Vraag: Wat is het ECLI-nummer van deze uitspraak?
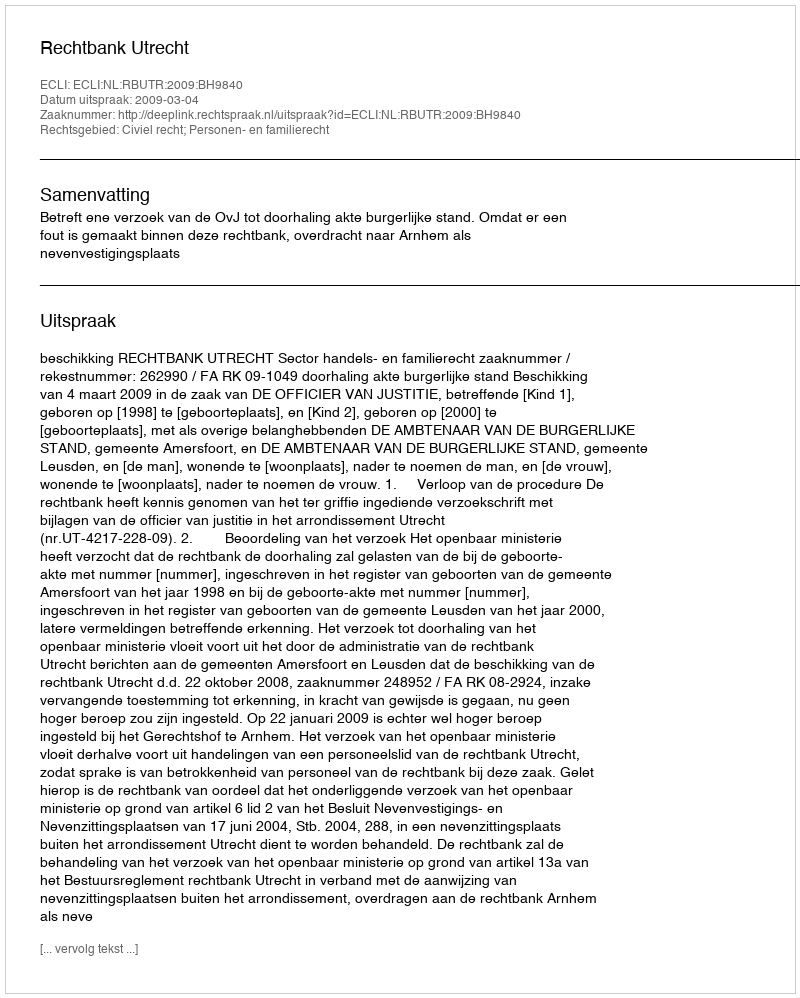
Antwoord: ECLI:NL:RBUTR:2009:BH9840